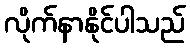
လိုက်နာနိုင်ပါသည်